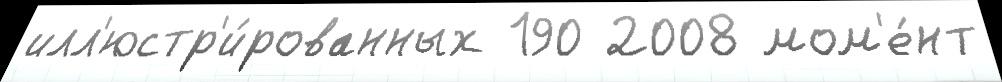
илл'юстр'и́рованных 190 2008 мом'е́нт